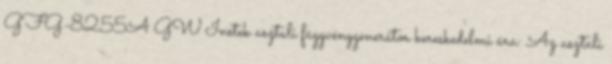
GFG-8255A GW Instek asztali függvénygenerátor kereskedelmi ára: Az asztali